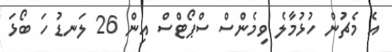
އެ މެޗުން ހުޅުމާލެ ވިމެންސް ސްޕޯޓްސް އިން 26 ލަނޑު ހަ ބޯޅަ